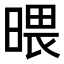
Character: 𣉍